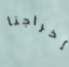
إخراجنا